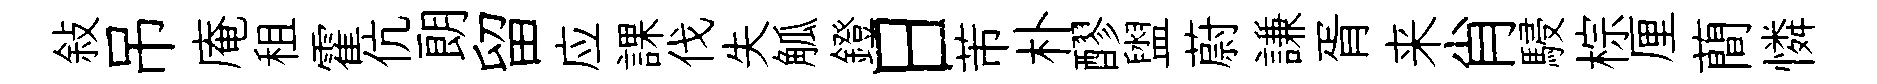
敍吊庵租霍伉朗留应課伐失觚鐙日芾朴醪盥蔚謙胥来肖駸棕厘蕳憐